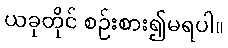
ယခုတိုင် စဉ်းစား၍မရပါ။